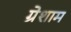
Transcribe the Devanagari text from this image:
ग्रेशाम